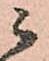
ニ